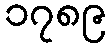
၁၇၈၉